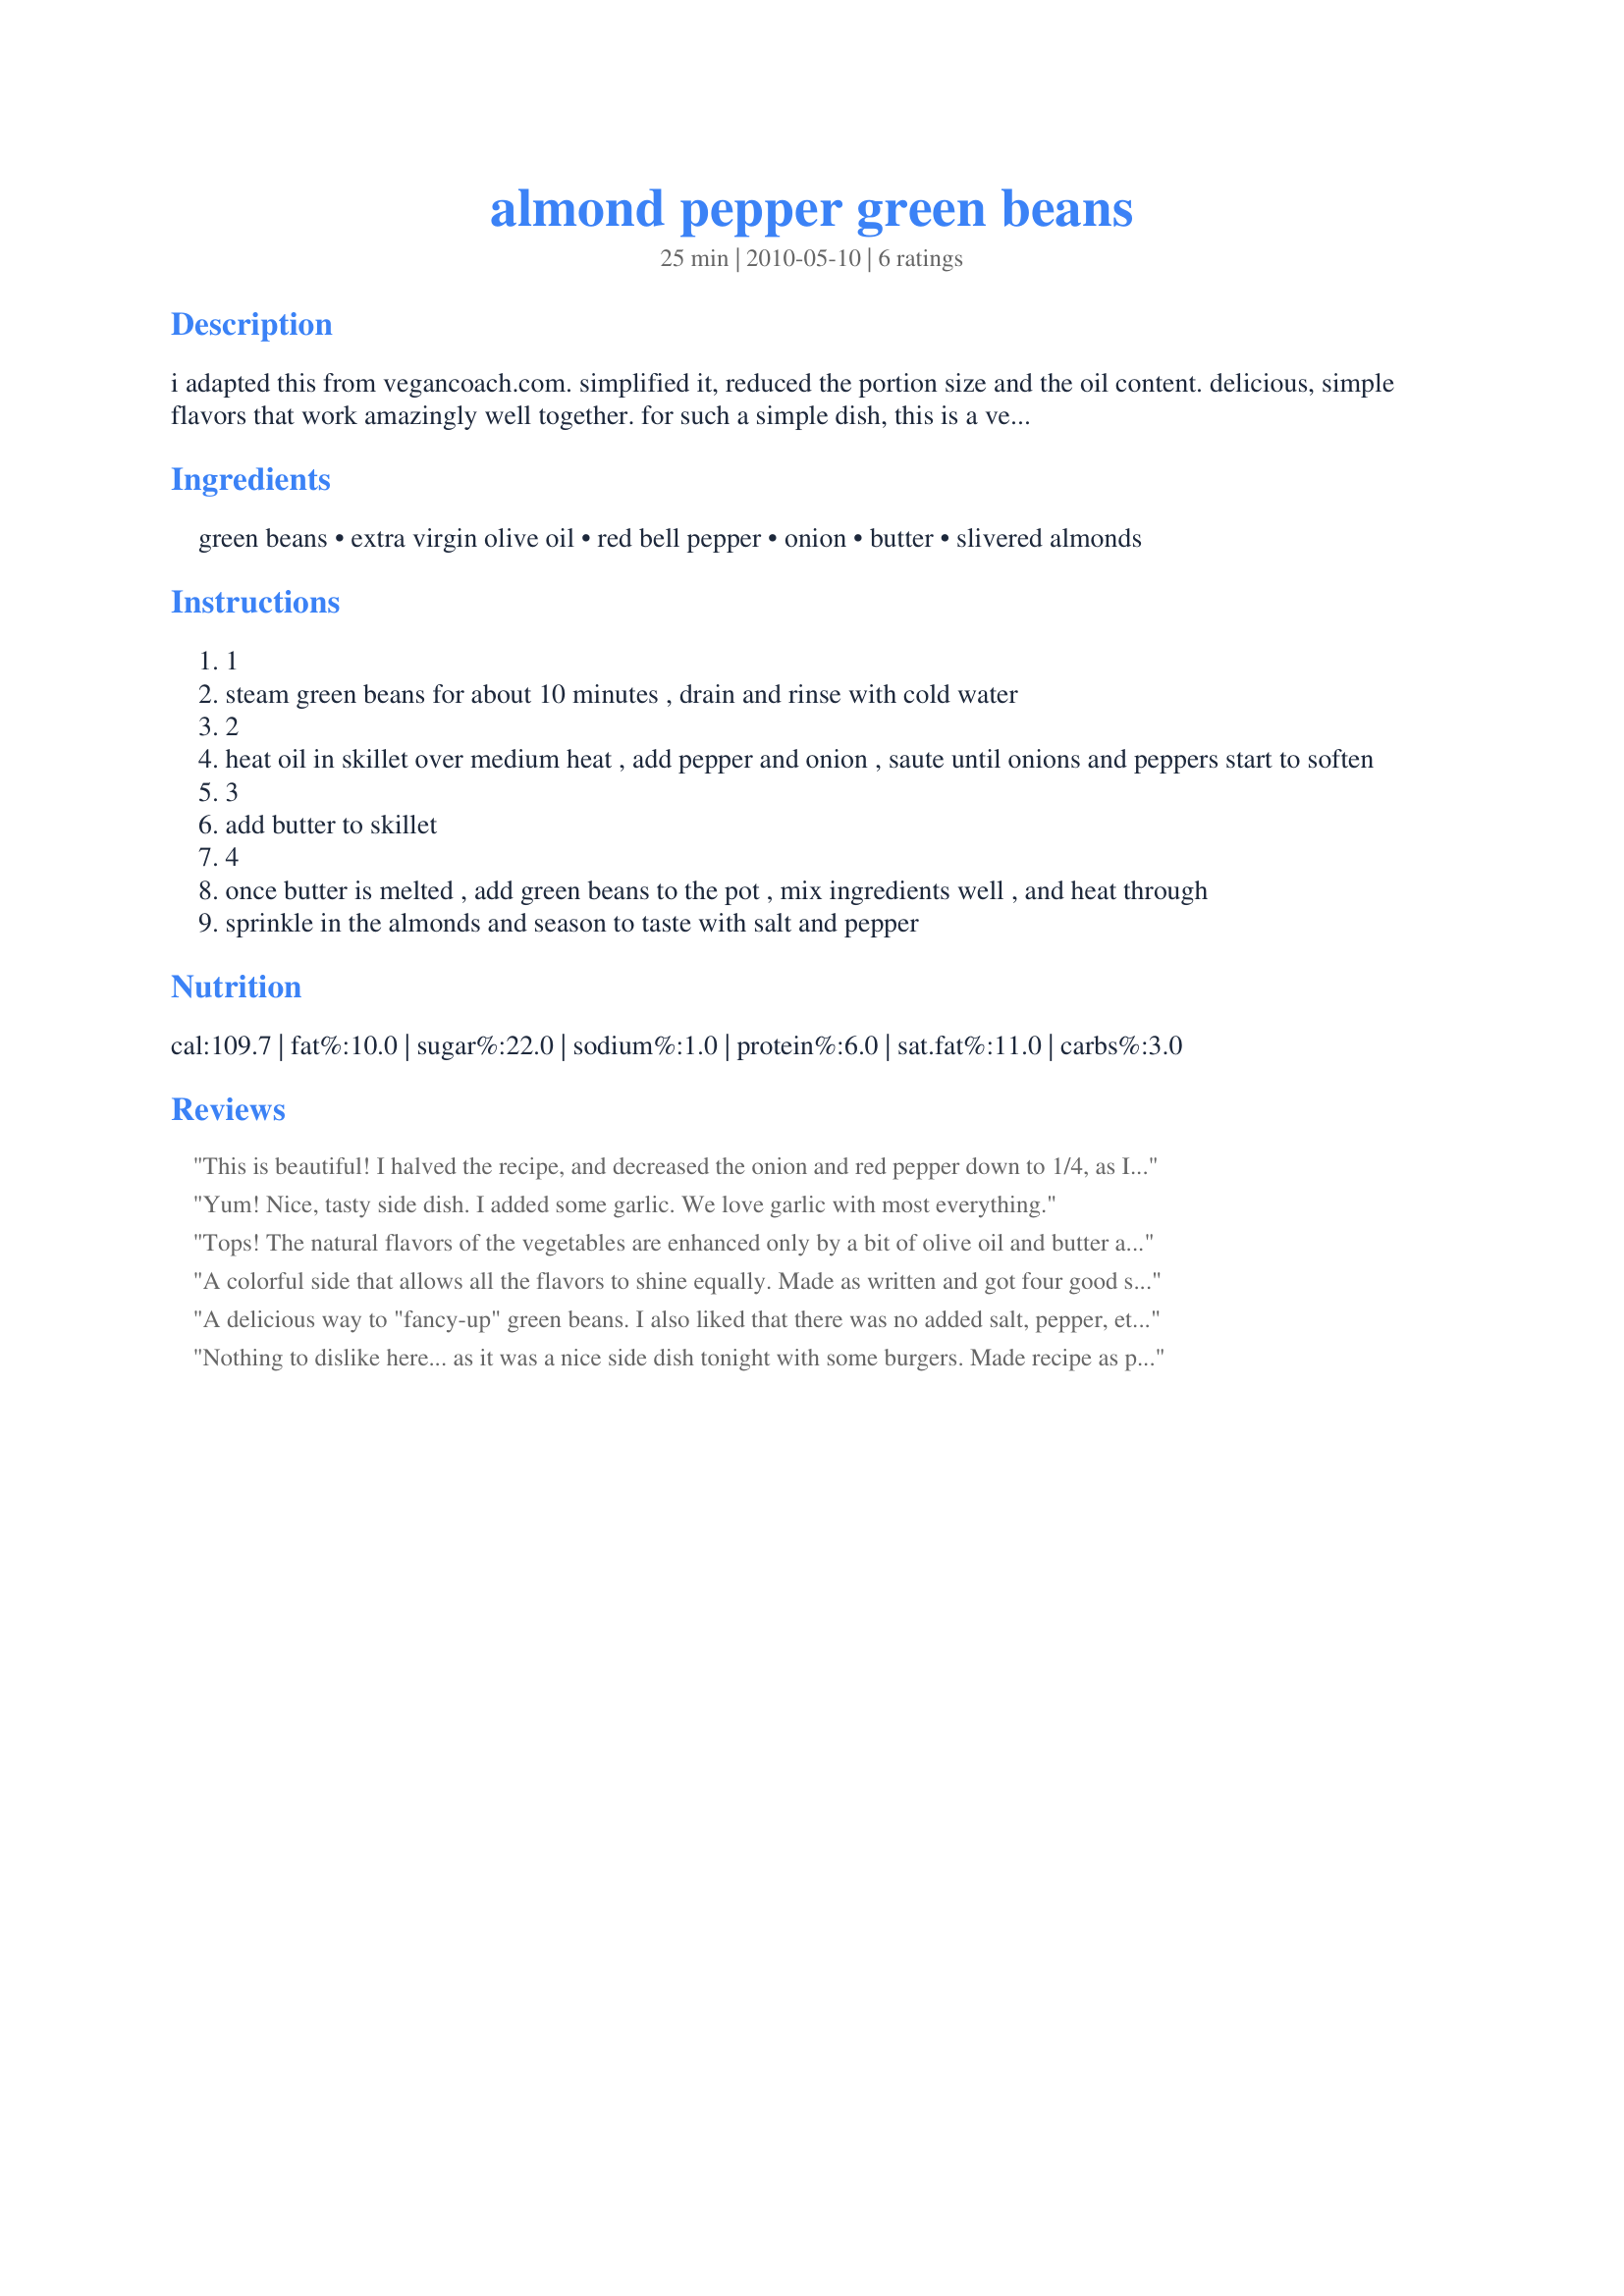
almond pepper green beans
Preparation time: 25 minutes

i adapted this from vegancoach.com. simplified it, reduced the portion size and the oil content. delicious, simple flavors that work amazingly well together. for such a simple dish, this is a very elegant, pretty, and tasty dish. my family scarfed it down.

Ingredients:
green beans, extra virgin olive oil, red bell pepper, onion, butter, slivered almonds

Steps:
1
steam green beans for about 10 minutes , drain and rinse with cold water
2
heat oil in skillet over medium heat , add pepper and onion , saute until onions and peppers start to soften
3
add butter to skillet
4
once butter is melted , add green beans to the pot , mix ingredients well , and heat through
sprinkle in the almonds and season to taste with salt and pepper

Reviews:
This is beautiful! I halved the recipe, and decreased the onion and red pepper down to 1/4, as I felt they would overpower the green beans. Maybe they grow onions and bell peppers larger here....but everything seemed to be in perfect proportion. This is delicious as posted, but I will toast the almonds next time to bring out their flavor. Thanks for sharing!
Yum! Nice, tasty side dish. I added some garlic. We love garlic with most everything.
Tops! The natural flavors of the vegetables are enhanced only by a bit of olive oil and butter and a crunchy accent of almonds -- no salt, pepper or even garlic! DH said he preferred these green beans to the usually extra crunchy green beans I make, and I know his sister would say that the steamed green beans with a slight bit of crunch left (but NOT GREY-GREEN as our mothers used to make!) are digested more easily. Serve these to CHF patients with a clear conscience; the only salt is that found naturally in the vegetables themselves. Made for Please Review My Recipe tag.
A colorful side that allows all the flavors to shine equally. Made as written and got four good size servings. This is just an over all wonderful side. That looks amazing. Thanks for the post.
A delicious way to "fancy-up" green beans. I also liked that there was no added salt, pepper, etc. Just the flavor of the vegies shining through.
Nothing to dislike here... as it was a nice side dish tonight with some burgers. Made recipe as posted and we especially liked the addition of almonds to this. The appearance looked as though it could be served at a nice restaurant as a side dish. The appearance was perfect. :). Made for PRMR tag.
